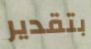
بتقدير